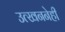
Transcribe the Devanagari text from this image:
उत्खननेही